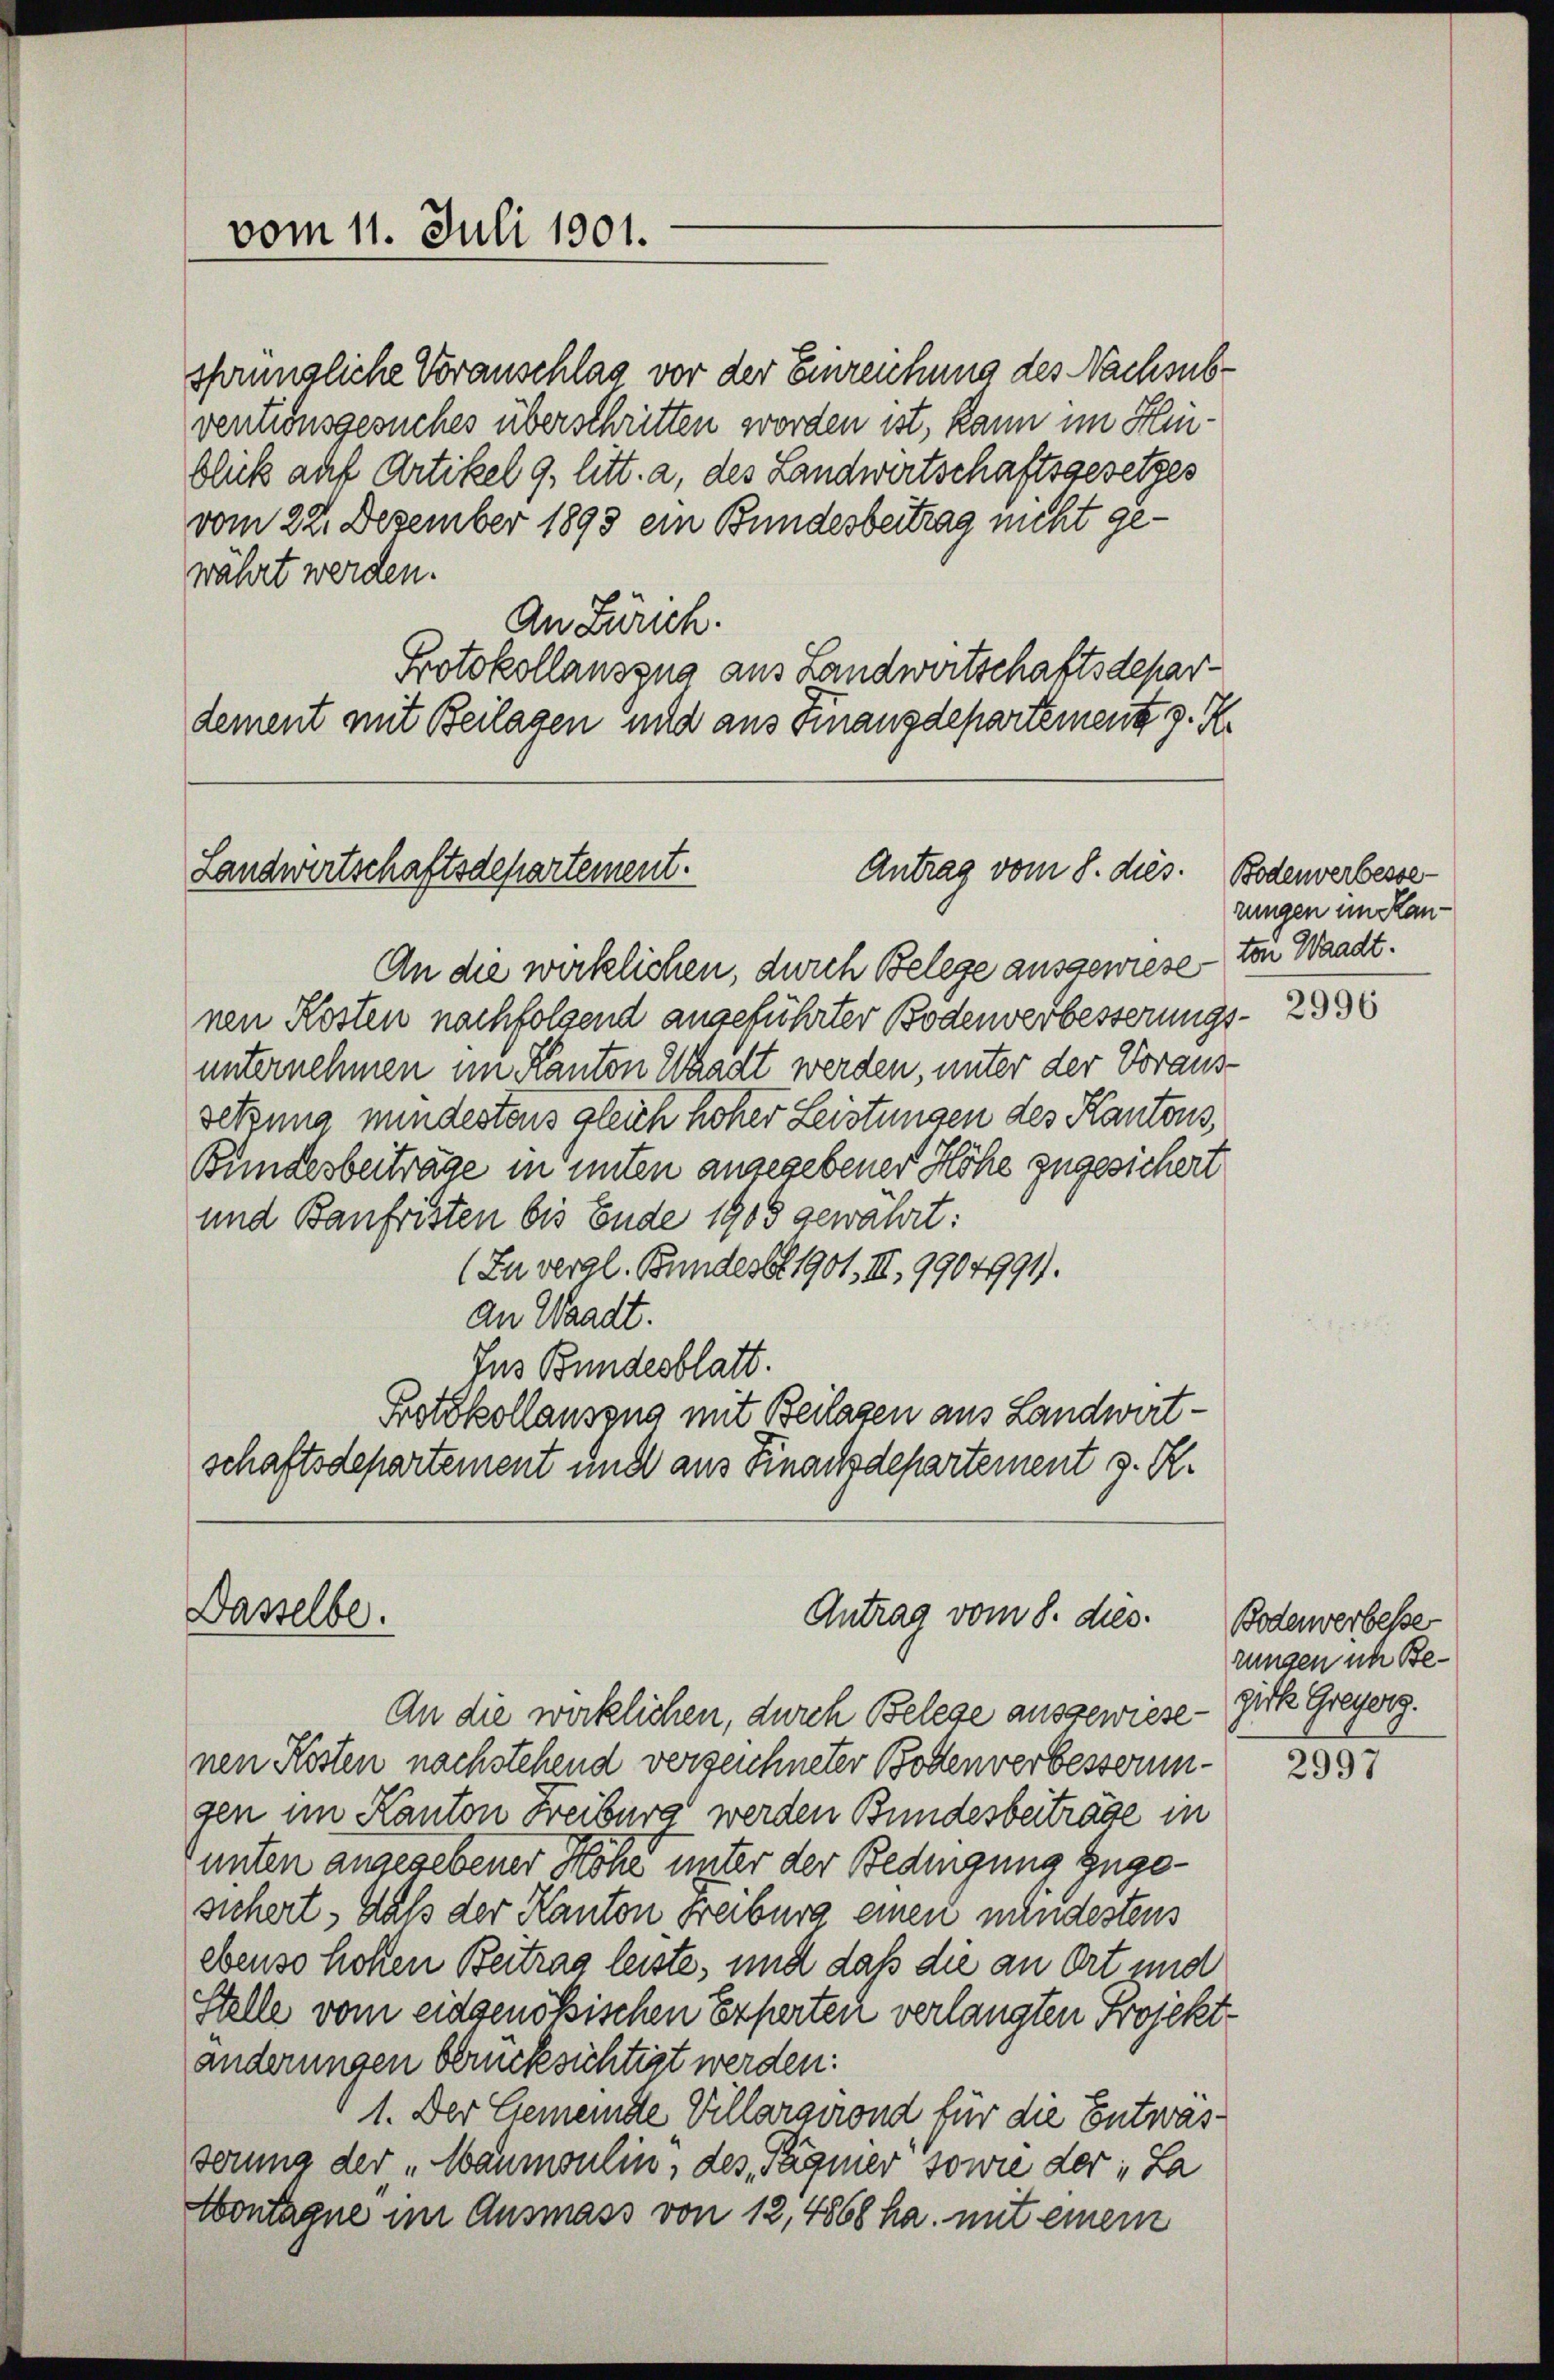
sprüngliche Voranschlag vor der Einreichung des Nachsubventionsgesuches überschritten worden ist, kann im Hinblick auf Artikel 9, litt. a, des Landwirtschaftsgesetzes
vom 22. Dezember 1893 ein Bundesbeitrag nicht gewährt werden.
An Zürich.
Protokollauszug aus Landwirtschaftsdepar
dement mit Beilagen und aus Finanzdepartement z. R.

Landwirtschaftsdepartement.
Antrag vom 8. dies. Bodenverbesse

vom 11. Juli 1901.

An die wirklichen, durch Belege ausgewiese
nen Kosten nachfolgend angeführter Bodenverbesserungs
unternehmen im Kanton Waadt werden, unter der Voraus-
setzung mindestens gleich höher Leistungen des Kantons,
Bundesbeiträge in unten angegebener Höhe zugesichert
und Baufristen bis Ende 1905 gewährt:
(Zu vergl. Bundesbl 1901, III, 9904991.
an Waadt.
Jus Bundesblatt.
Protokollansona mit Beilagen aus Landwirt-
schaftsdepartement und aus Finachdepartement z. R.

Dasselbe.

An die wirklichen, durch Belege ausgewiese - zirk Greyerg.
nen Kosten nachstehend verzeichneter Bottenverbesserungen im Kanton Freiburg werden Bundesbeiträge in
unten angegebener Höhe unter der Bedingung zugesichert, daß der Kanton Freiburg einen mindestens
ebenso hohen Beitrag leiste, und daß die an Ort und
Stelle vom eidgenößischen Experten verlangten Projekt
änderungen berücksichtigt werden:
1. Der Gemeinde Villargirond für die Entwässcuna der „Waumoulin, des Pägmer sowie der La
ontagne im Ausmass von 12, 4868 ha. mit einem

Antrag vom 8. dies

zungen im Kanton Waadt.

2996

Bodenverbesse
rungen ich Be¬

2997